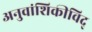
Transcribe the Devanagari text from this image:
अनुवांशिकीविद्